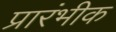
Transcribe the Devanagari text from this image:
प्रारंभीक